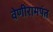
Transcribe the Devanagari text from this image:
वेणीरामपंत